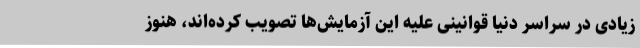
زیادی در سراسر دنیا قوانینی علیه این آزمایش‌ها تصویب کرده‌اند، هنوز